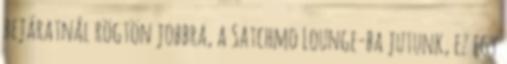
bejáratnál rögtön jobbra, a Satchmo Lounge-ba jutunk, ez egy